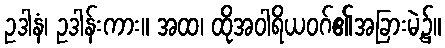
ဥဒါနံ၊ ဥဒါန်းကား။ အထ၊ ထိုအဝါရိယဝဂ်၏အခြားမဲ့၌။